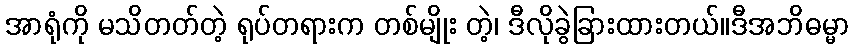
အာရုံကို မသိတတ်တဲ့ ရုပ်တရားက တစ်မျိုး တဲ့၊ ဒီလိုခွဲခြားထားတယ်။ဒီအဘိဓမ္မာ